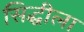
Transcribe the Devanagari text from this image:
सिद्धीला